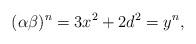
LaTeX: \begin{align*}(\alpha\beta)^n=3x^2+2d^2=y^n,\end{align*}